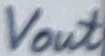
Text: Vout